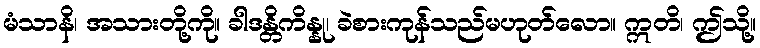
မံသာနိ၊ အသားတို့ကို။ ခါဒန္တိကိန္နု၊ ခဲစားကုန်သည်မဟုတ်လော။ ဣတိ၊ ဤသို့။